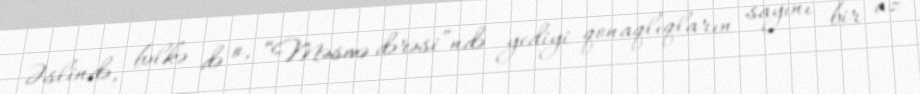
Əslində, bəlkə də o, “Məsmə dərəsi”ndə yediyi qonaqlıqların sayını bir az